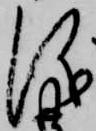
儀